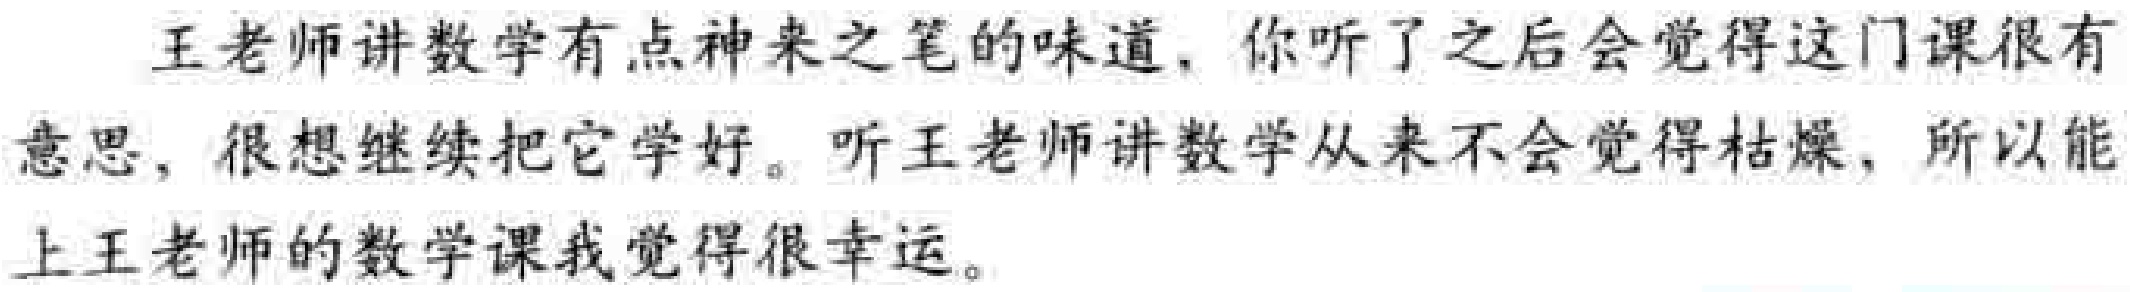
王老师讲数学有点神来之笔的味道，你听了之后会觉得这门课很有意思，很想继续把它学好。听王老师讲数学从来不会觉得枯燥，所以能上王老师的数学课我觉得很幸运。